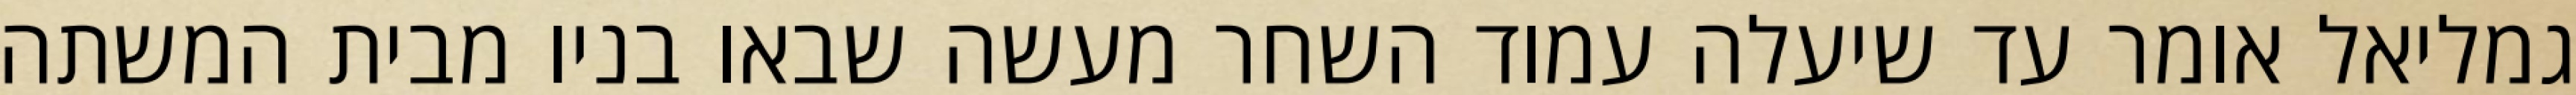
גמליאל אומר עד שיעלה עמוד השחר מעשה שבאו בניו מבית המשתה